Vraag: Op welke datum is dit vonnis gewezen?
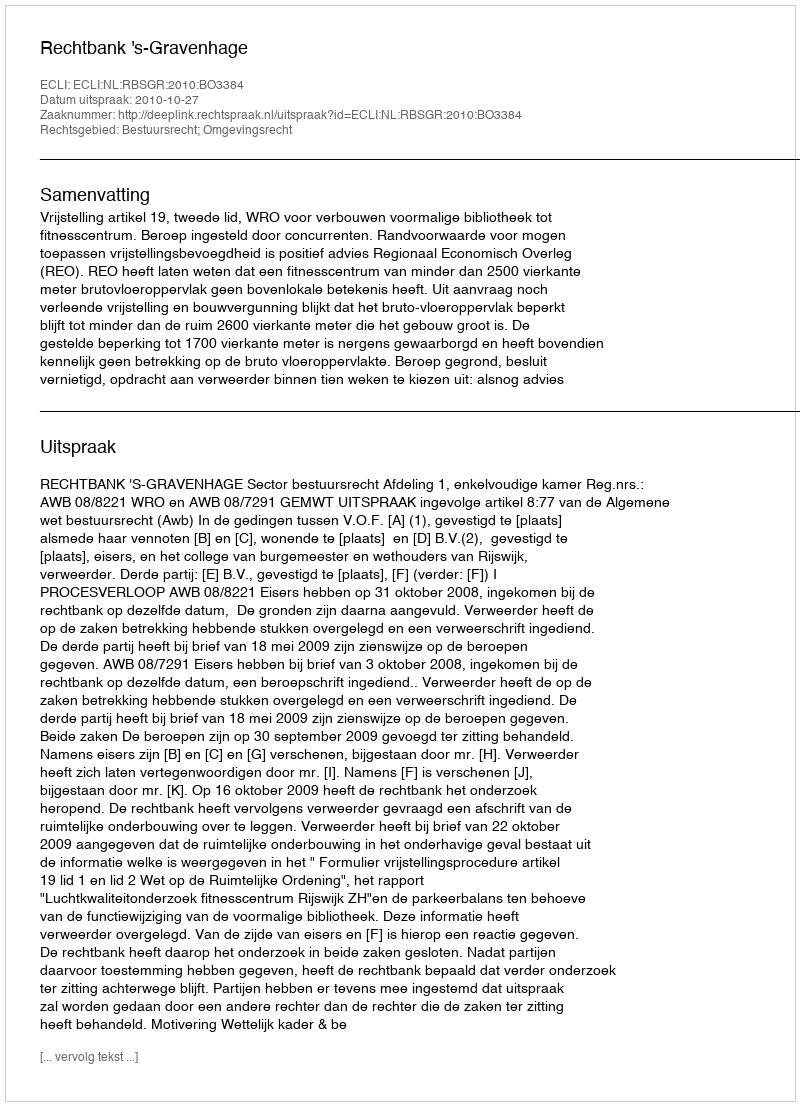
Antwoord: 2010-10-27